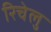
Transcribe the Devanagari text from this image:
रिचेलु